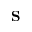
\mathbf { S }